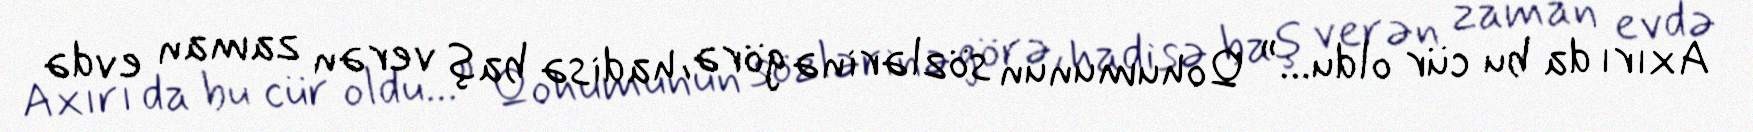
Axırı da bu cür oldu...” Qohumunun sözlərinə görə, hadisə baş verən zaman evdə